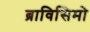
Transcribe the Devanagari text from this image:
ब्राविसिमो